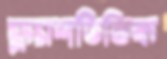
ফ্ল্যাশভিত্তিক